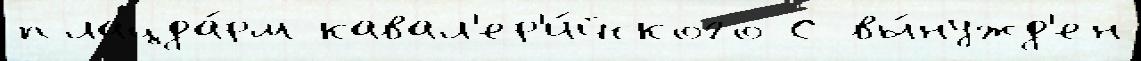
плацда́рм кавал'ер'и́йского С вы́нужд'ен